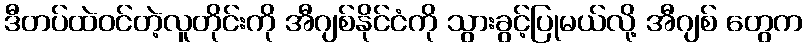
ဒီတပ်ထဲဝင်တဲ့လူတိုင်းကို အီဂျစ်နိုင်ငံကို သွားခွင့်ပြုမယ်လို့ အီဂျစ် တွေက